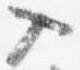
入